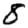
Digit: 8